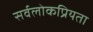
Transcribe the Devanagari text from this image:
सर्वलोकप्रियता